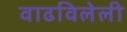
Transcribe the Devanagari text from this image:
वाढविलेली